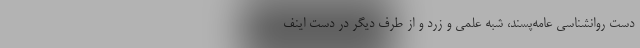
دست روانشناسی عامه‌پسند، شبه علمی و زرد و از طرف دیگر در دست اینف